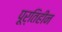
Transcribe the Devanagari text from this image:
पूर्तिहीन